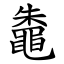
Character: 鼄